Civil Veterinary Dept. Bombay admin report 1914-1922 - 1914-1922
Year: 1914
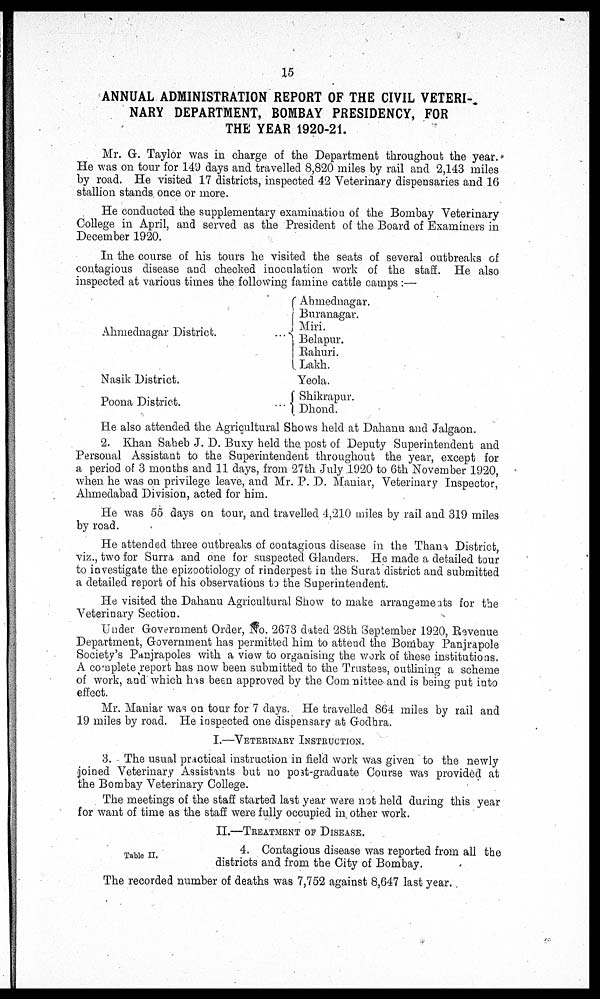
15
ANNUAL ADMINISTRATION REPORT OF THE CIVIL VETERI-
NARY DEPARTMENT, BOMBAY PRESIDENCY, FOR
THE YEAR 1920-21.
Mr. G. Taylor was in charge of the Department throughout the year.
He was on tour for 149 days and travelled 8,820 miles by rail and 2,143 miles
by road. He visited 17 districts, inspected 42 Veterinary dispensaries and 16
stallion stands once or more.
He conducted the supplementary examination of the Bombay Veterinary
College in April, and served as the President of the Board of Examiners in
December 1920.
In the course of his tours he visited the seats of several outbreaks of
contagious disease and checked inoculation work of the staff. He also
inspected at various times the following famine cattle camps :—
Ahmednagar District.
Nasik District.
Poona District.
Ahmednagar.
Buranagar.
Miri.
Belapur.
Rahuri.
Lakh.
Yeola.
Shikrapur.
Dhond.
He also attended the Agricultural Shows held at Dahanu and Jalgaon.
2. Khan Saheb J. D. Buxy held the post of Deputy Superintendent and
Personal Assistant to the Superintendent throughout the year, except for
a period of 3 months and 11 days, from 27th July 1920 to 6th November 1920,
when he was on privilege leave, and Mr. P. D. Maniar, Veterinary Inspector,
Ahmedabad Division, acted for him.
He was 55 days on tour, and travelled 4,210 miles by rail and 319 miles
by road.
He attended three outbreaks of contagious disease in the Thana District,
viz., two for Surra and one for suspected Glanders. He made a detailed tour
to investigate the epizootiology of rinderpest in the Surat district and submitted
a detailed report of his observations to the Superintendent.
He visited the Dahanu Agricultural Show to make arrangements for the
Veterinary Section.
Under Government Order, No. 2673 dated 28th September 1920, Revenue
Department, Government has permitted him to attend the Bombay Panjrapole
Society's Panjrapoles with a view to organising the work of these institutions.
A complete report has now been submitted to the Trustees, outlining a scheme
of work, and which has been approved by the Committee and is being put into
effect.
Mr. Maniar was on tour for 7 days. He travelled 864 miles by rail and
19 miles by road. He inspected one dispensary at Godhra.
I.—VETERINARY INSTRUCTION.
3. The usual practical instruction in field work was given to the newly
joined Veterinary Assistants but no post-graduate Course was provided at
the Bombay Veterinary College.
The meetings of the staff started last year were not held during this year
for want of time as the staff were fully occupied in other work.
II.—TREATMENT OF DISEASE.
Table II.
4. Contagious disease was reported from all the
districts and from the City of Bombay.
The recorded number of deaths was 7,752 against 8,647 last year.